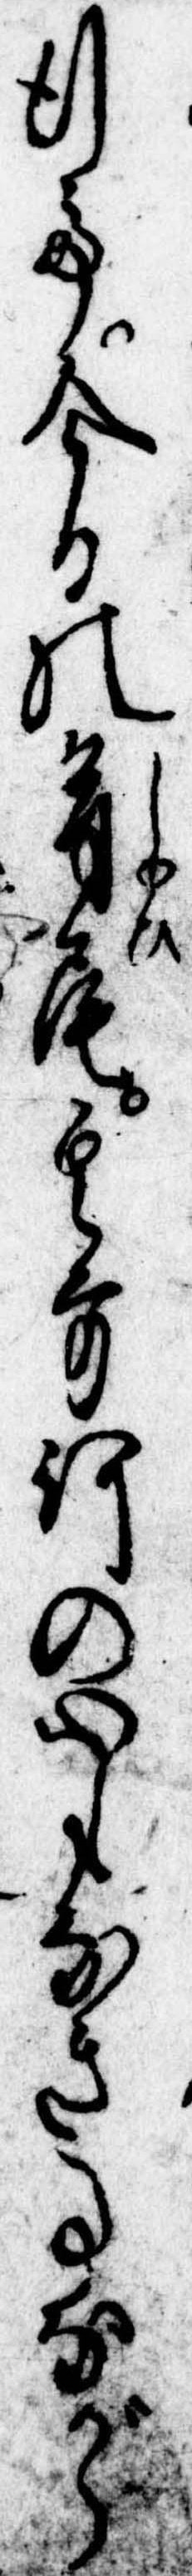
行て今日の首尾其方何の心もなき事ながら